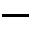
-